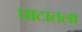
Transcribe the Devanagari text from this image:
घाटातला